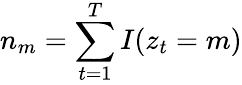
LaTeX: n_{m}=\sum_{t=1}^{T}I(z_{t}=m)